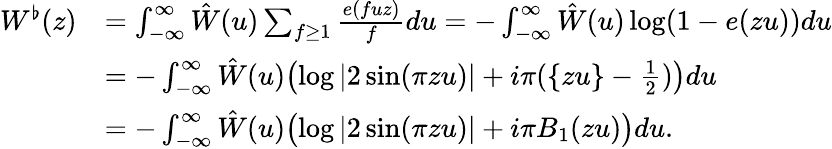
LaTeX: \begin{array}{rl}{W^{\flat}(z)}&{=\int_{-\infty}^{\infty}\hat{W}(u)\sum_{f\ge 1}\frac{e(fuz)}{f}du=-\int_{-\infty}^{\infty}\hat{W}(u)\log(1-e(zu))du}\\ &{=-\int_{-\infty}^{\infty}\hat{W}(u)\bigl(\log|2\sin(\pi zu)|+i\pi(\{ zu\} -\frac 12)\bigr)du}\\ &{=-\int_{-\infty}^{\infty}\hat{W}(u)\bigl(\log|2\sin(\pi zu)|+i\pi B_{1}(zu)\bigr)du.}\end{array}